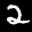
Label: 2